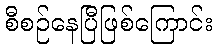
စီစဉ်နေပြီဖြစ်ကြောင်း